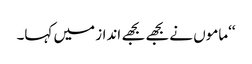
‘‘ماموں نے بجھے بجھے انداز میں کہا۔